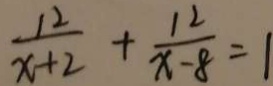
\frac { 1 2 } { x + 2 } + \frac { 1 2 } { x - 8 } = 1